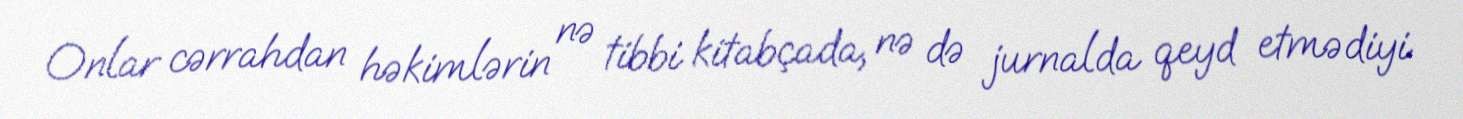
Onlar cərrahdan həkimlərin nə tibbi kitabçada, nə də jurnalda qeyd etmədiyi